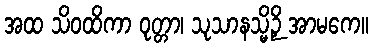
အထ သိဝထိကာ ဝုတ္တာ၊ သုသာနသ္မိဉှိ အာမကေ။